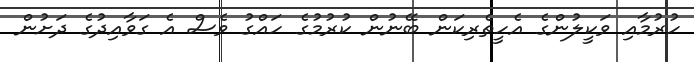
ހުރުމާއި ވަކީލުންގެ އެހީތެރިކަން ބޭނުން ކުރުމުގެ ހައްގު ވެސް އެ ގަވާއިދުގެ ދަށުން